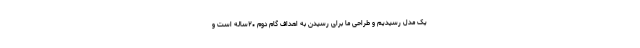
یک مدل رسیدیم و طراحی ما برای رسیدن به اهداف گام دوم ۲۰ساله است و